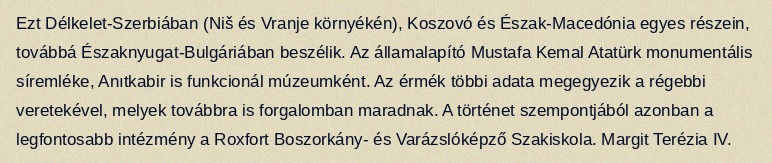
Ezt Délkelet-Szerbiában (Niš és Vranje környékén), Koszovó és Észak-Macedónia egyes részein, továbbá Északnyugat-Bulgáriában beszélik. Az államalapító Mustafa Kemal Atatürk monumentális síremléke, Anıtkabir is funkcionál múzeumként. Az érmék többi adata megegyezik a régebbi veretekével, melyek továbbra is forgalomban maradnak. A történet szempontjából azonban a legfontosabb intézmény a Roxfort Boszorkány- és Varázslóképző Szakiskola. Margit Terézia IV.